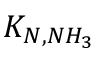
K _ { N , N H _ { 3 } }